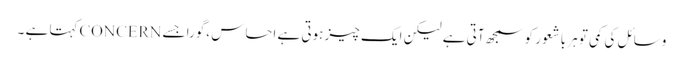
وسائل کی کمی تو ہر باشعور کو سمجھ آتی ہے لیکن ایک چیز ہوتی ہے احساس ،گورا جسے CONCERNکہتا ہے ۔